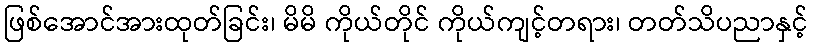
ဖြစ်အောင်အားထုတ်ခြင်း၊ မိမိ ကိုယ်တိုင် ကိုယ်ကျင့်တရား၊ တတ်သိပညာနှင့်